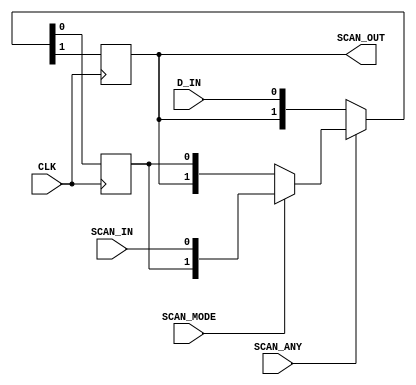

// Copyright (c) 2000-2010 Bluespec, Inc.

// Permission is hereby granted, free of charge, to any person obtaining a copy
// of this software and associated documentation files (the "Software"), to deal
// in the Software without restriction, including without limitation the rights
// to use, copy, modify, merge, publish, distribute, sublicense, and/or sell
// copies of the Software, and to permit persons to whom the Software is
// furnished to do so, subject to the following conditions:

// The above copyright notice and this permission notice shall be included in
// all copies or substantial portions of the Software.

// THE SOFTWARE IS PROVIDED "AS IS", WITHOUT WARRANTY OF ANY KIND, EXPRESS OR
// IMPLIED, INCLUDING BUT NOT LIMITED TO THE WARRANTIES OF MERCHANTABILITY,
// FITNESS FOR A PARTICULAR PURPOSE AND NONINFRINGEMENT. IN NO EVENT SHALL THE
// AUTHORS OR COPYRIGHT HOLDERS BE LIABLE FOR ANY CLAIM, DAMAGES OR OTHER
// LIABILITY, WHETHER IN AN ACTION OF CONTRACT, TORT OR OTHERWISE, ARISING FROM,
// OUT OF OR IN CONNECTION WITH THE SOFTWARE OR THE USE OR OTHER DEALINGS IN
// THE SOFTWARE.
//
// $Revision: 21578 $
// $Date: 2010-08-12 14:58:09 +0000 (Thu, 12 Aug 2010) $

`ifdef BSV_ASSIGNMENT_DELAY
`else
`define BSV_ASSIGNMENT_DELAY
`endif

module SampleReg(CLK, D_IN, SCAN_IN, SCAN_OUT, SCAN_MODE, SCAN_ANY) ;
   parameter width = 1;
   parameter SCAN_WIDTH = 1;

   input                        CLK;
   input  [width - 1 : 0]       D_IN;
   input  [(SCAN_WIDTH - 1):0] SCAN_IN ; 
   output [(SCAN_WIDTH - 1):0] SCAN_OUT ; 
   input 			SCAN_MODE ; 
   input 			SCAN_ANY ; 
   reg [width - 1 : 0] 	        Q;
   reg [(SCAN_WIDTH - 1):0] 	_SCAN ; 

   always @(posedge CLK)
     begin
        {_SCAN,Q} <=  `BSV_ASSIGNMENT_DELAY (!SCAN_ANY) ? {_SCAN, D_IN} : ((SCAN_MODE) ? {Q,SCAN_IN} :  {_SCAN,Q});
     end // always @(posedge CLK)
   assign SCAN_OUT = _SCAN ; 
   
endmodule